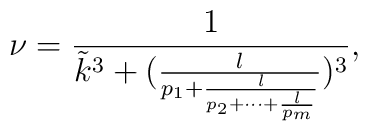
\nu=\frac{1}{{\tilde k}^3+(\frac{l}{p_1+\frac{l}{p_2+\cdots+\frac{l}{p_m}}})^3},